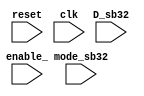
module scoreboard(reset, clk, enable_, D_sb32, mode_sb32);

input clk, enable_, reset;
input [31:0] D_sb32;
input [1:0] mode_sb32;

reg [31:0] Q_sb32;
reg rco_sb32 = 0, load_sb32 = 0;

always @(posedge clk) begin
    if(reset == 0 && enable_ == 1) begin
        rco_sb32 <=  0;
        if(mode_sb32 == 2'b00) begin 
            load_sb32 <=  0;
            if(Q_sb32 == 32'hFFFFFFFF) begin
                rco_sb32 <=  1;
            end
            Q_sb32 <=  Q_sb32 + 1;
        end
        else if(mode_sb32 == 2'b01) begin
            load_sb32 <=  0;
            if(Q_sb32 == 32'h00000000) begin
                rco_sb32 <=  1;
            end
            Q_sb32 <=  Q_sb32 - 1;
        end
        else if(mode_sb32 == 2'b10) begin
            load_sb32 <=  0;
            if(Q_sb32 == 32'h00000000 || Q_sb32 == 32'h00000001 || Q_sb32 == 32'h00000002) begin
                rco_sb32 <=  1;
            end
            Q_sb32 <=  Q_sb32 - 3;  
        end
        else if(mode_sb32 == 2'b11) begin
            load_sb32 <=  1;
            Q_sb32 <=  D_sb32;
            rco_sb32 <=  0;
        end 
    end
    else if(reset == 1)  begin
        rco_sb32 <=  0;
        load_sb32 <=  0;
        Q_sb32 <=  0;
    end
    else if(reset == 0 && enable_ == 0) begin
        Q_sb32 <=  0;
        if(mode_sb32 == 11) begin
            load_sb32 <= 1;
        end
        else begin
            load_sb32 <= 0;
        end
    end
end

always @(negedge clk) begin
    rco_sb32 <= 0;
end


endmodule